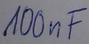
Text: 100nF